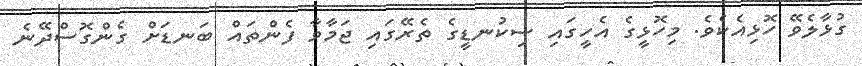
ގުޅާލެވޭ ހޮޅިއެކެވެ. މިހޮޅީގެ އެހީގައި ސިކުނޑީގެ ތެރޭގައި ޖަމާވާ ފެންތައް ބަނޑަށް ގެންގޮސްދޭނެ